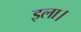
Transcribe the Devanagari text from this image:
इला।